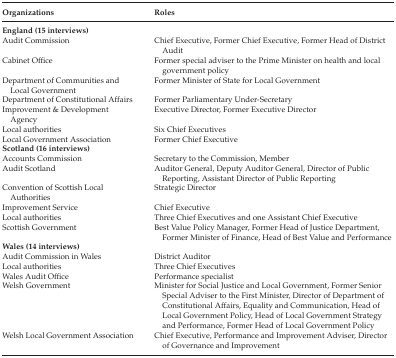
<table><thead><tr><td><b>Organizations</b></td><td><b>Roles</b></td></tr></thead><tbody><tr><td colspan="2"><b>England (15 interviews)</b></td></tr><tr><td>Audit Commission</td><td>Chief Executive, Former Chief Executive, Former Head of District Audit</td></tr><tr><td>Cabinet Office</td><td>Former special adviser to the Prime Minister on health and local government policy</td></tr><tr><td>Department of Communities and Local Government</td><td>Former Minister of State for Local Government</td></tr><tr><td>Department of Constitutional Affairs</td><td>Former Parliamentary Under‐Secretary</td></tr><tr><td>Improvement &amp; Development Agency</td><td>Executive Director, Former Executive Director</td></tr><tr><td>Local authorities</td><td>Six Chief Executives</td></tr><tr><td>Local Government Association</td><td>Former Chief Executive</td></tr><tr><td colspan="2"><b>Scotland (16 interviews)</b></td></tr><tr><td>Accounts Commission</td><td>Secretary to the Commission, Member</td></tr><tr><td>Audit Scotland</td><td>Auditor General, Deputy Auditor General, Director of Public Reporting, Assistant Director of Public Reporting</td></tr><tr><td>Convention of Scottish Local Authorities</td><td>Strategic Director</td></tr><tr><td>Improvement Service</td><td>Chief Executive</td></tr><tr><td>Local authorities</td><td>Three Chief Executives and one Assistant Chief Executive</td></tr><tr><td>Scottish Government</td><td>Best Value Policy Manager, Former Head of Justice Department, Former Minister of Finance, Head of Best Value and Performance</td></tr><tr><td><b>Wales (14 interviews)</b></td><td></td></tr><tr><td>Audit Commission in Wales</td><td>District Auditor</td></tr><tr><td>Local authorities</td><td>Three Chief Executives</td></tr><tr><td>Wales Audit Office</td><td>Performance specialist</td></tr><tr><td>Welsh Government</td><td>Minister for Social Justice and Local Government, Former Senior Special Adviser to the First Minister, Director of Department of Constitutional Affairs, Equality and Communication, Head of Local Government Policy, Head of Local Government Strategy and Performance, Former Head of Local Government Policy</td></tr><tr><td>Welsh Local Government Association</td><td>Chief Executive, Performance and Improvement Adviser, Director of Governance and Improvement</td></tr></tbody></table>